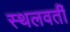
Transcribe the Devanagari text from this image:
स्थलवर्ती